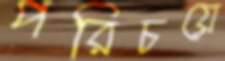
পরিচয়ে